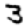
Digit: 3